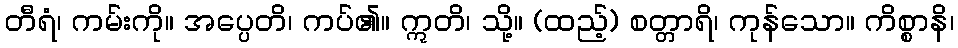
တီရံ၊ ကမ်းကို။ အပ္ပေတိ၊ ကပ်၏။ ဣတိ၊ သို့။ (ထည့်) စတ္တာရိ၊ ကုန်သော။ ကိစ္စာနိ၊